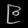
Digit: ၉